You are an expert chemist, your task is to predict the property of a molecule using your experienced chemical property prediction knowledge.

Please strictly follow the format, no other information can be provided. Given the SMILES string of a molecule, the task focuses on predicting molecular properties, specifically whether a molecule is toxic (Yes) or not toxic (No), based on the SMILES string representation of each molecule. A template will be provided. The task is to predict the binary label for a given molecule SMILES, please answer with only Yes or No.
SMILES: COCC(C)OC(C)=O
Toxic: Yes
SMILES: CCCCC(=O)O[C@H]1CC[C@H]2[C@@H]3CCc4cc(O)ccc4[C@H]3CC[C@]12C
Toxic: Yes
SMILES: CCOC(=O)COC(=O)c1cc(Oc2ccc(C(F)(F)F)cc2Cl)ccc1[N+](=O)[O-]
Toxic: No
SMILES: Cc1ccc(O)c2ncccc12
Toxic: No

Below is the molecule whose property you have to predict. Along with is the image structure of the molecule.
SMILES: CC(=N\O)/C(C)=N/O
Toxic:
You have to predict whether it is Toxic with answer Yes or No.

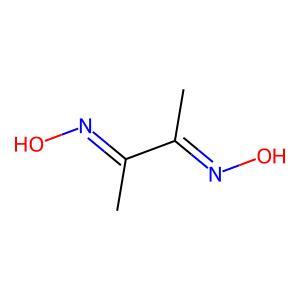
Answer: No